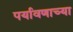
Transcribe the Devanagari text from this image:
पर्यावणाच्या